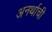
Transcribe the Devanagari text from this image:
अनर्थाची